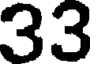
33